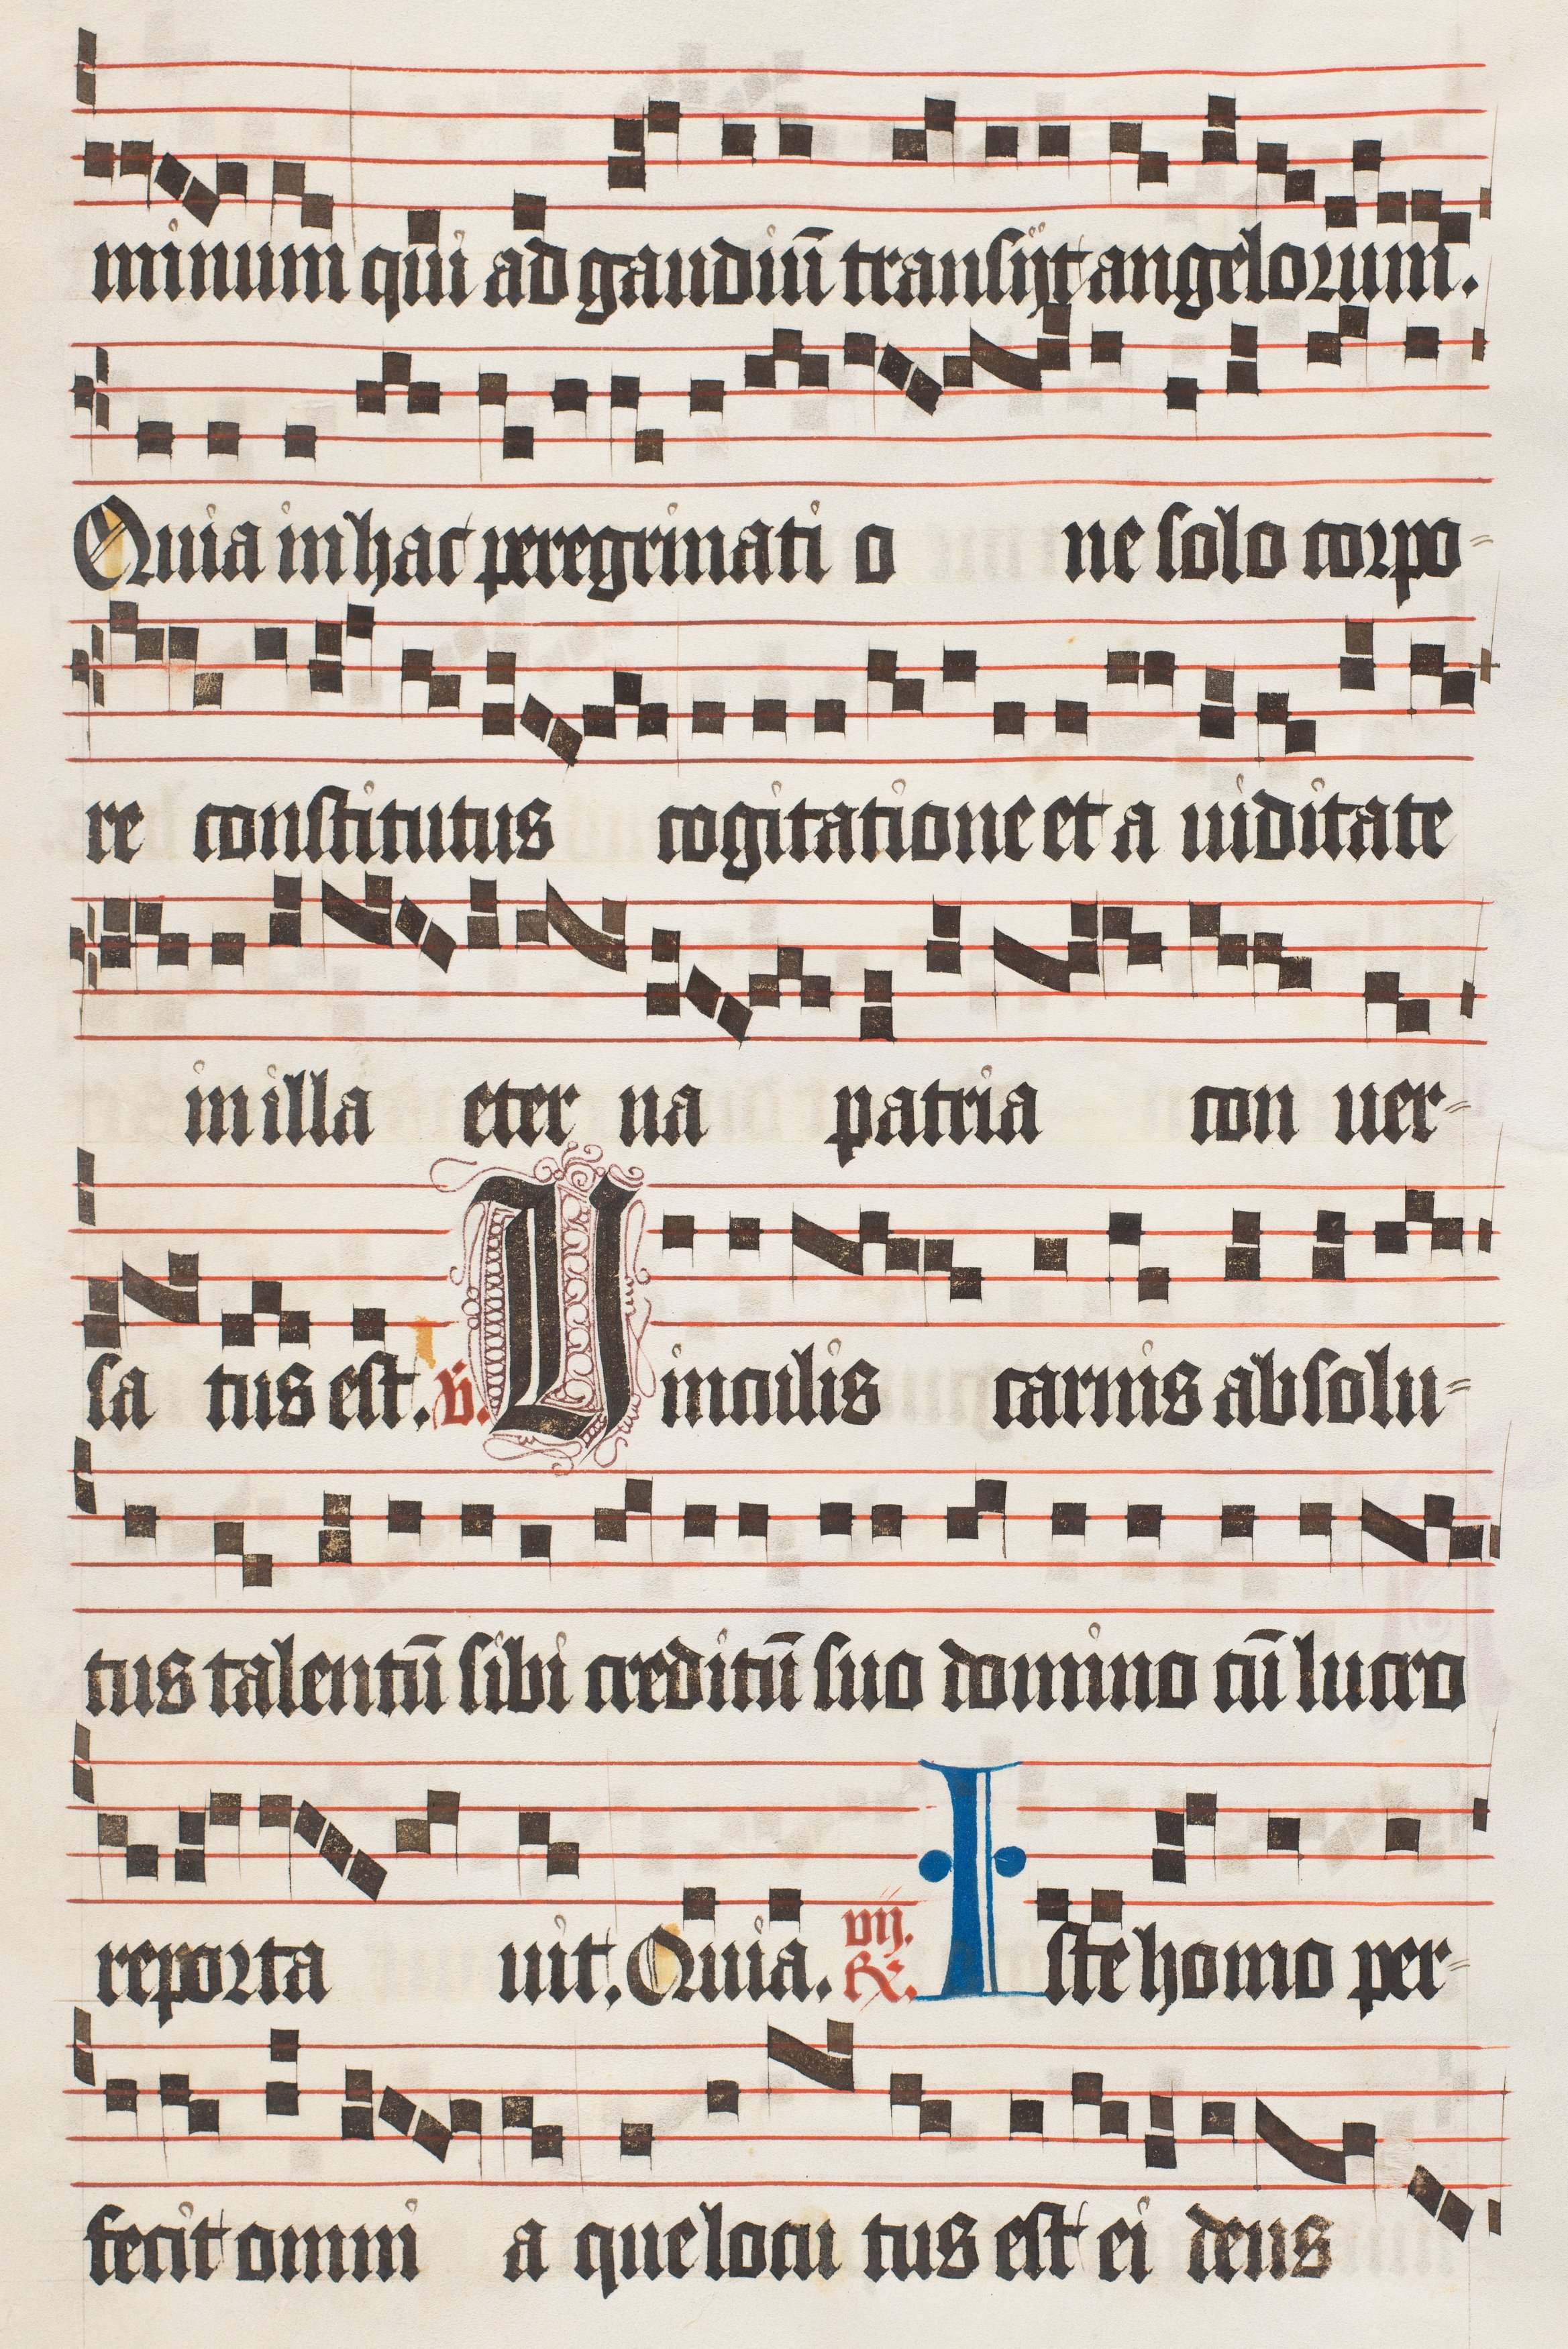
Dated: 1474–1505